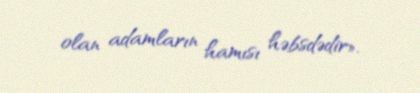
olan adamların hamısı həbsdədir».